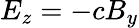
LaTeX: E_{z}=-cB_{y}